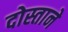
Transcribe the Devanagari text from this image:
दोस्ताने